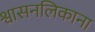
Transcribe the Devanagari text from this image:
श्वासनलिकाना